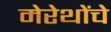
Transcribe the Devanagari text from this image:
मेरेथोंचे